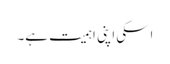
اسکی اپنی اہمیت ہے۔